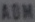
ADM